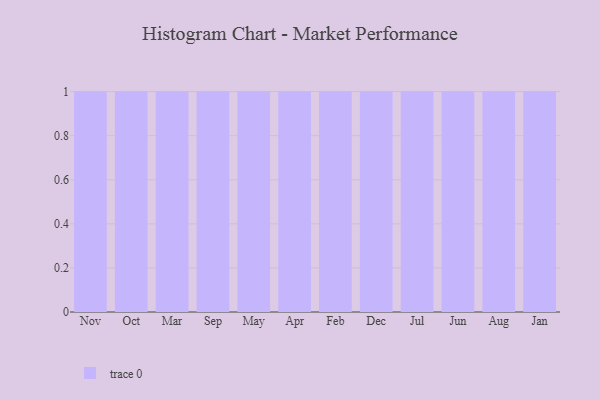
{"axis": {"x": "Month", "y": "Operating Costs (USD K)"}, "legend": [""], "data": [{"x": "Nov", "y": 8, "type": ""}, {"x": "Oct", "y": 37, "type": ""}, {"x": "Mar", "y": 8, "type": ""}, {"x": "Sep", "y": 8, "type": ""}, {"x": "May", "y": 23, "type": ""}, {"x": "Apr", "y": 75, "type": ""}, {"x": "Feb", "y": 81, "type": ""}, {"x": "Dec", "y": 31, "type": ""}, {"x": "Jul", "y": 83, "type": ""}, {"x": "Jun", "y": 51, "type": ""}, {"x": "Aug", "y": 46, "type": ""}, {"x": "Jan", "y": 72, "type": ""}]}